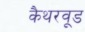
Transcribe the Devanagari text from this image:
कैथरवूड